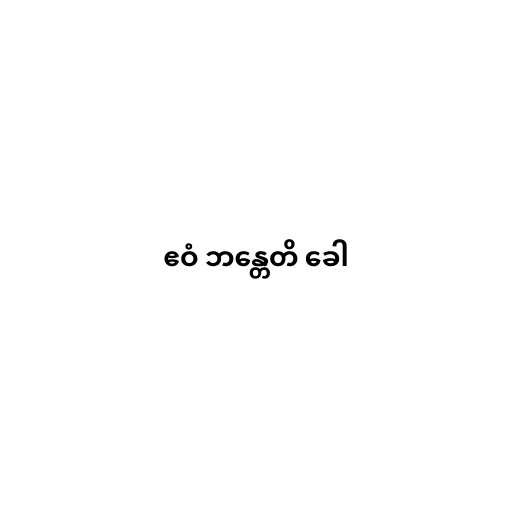
ဧဝံ ဘန္တေတိ ခေါ